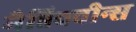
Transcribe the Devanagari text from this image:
मैन्निक्वीन्स